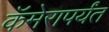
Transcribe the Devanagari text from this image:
कॅमेरापर्यंत